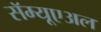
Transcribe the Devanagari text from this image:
सॅम्यूएअल